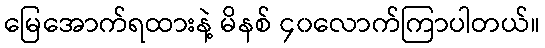
မြေအောက်ရထားနဲ့ မိနစ် ၄၀လောက်ကြာပါတယ်။